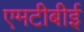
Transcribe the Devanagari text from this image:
एमटीबीई